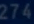
274